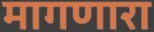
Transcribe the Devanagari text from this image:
मागणारा